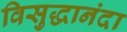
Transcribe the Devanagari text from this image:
विसुद्धानंदा